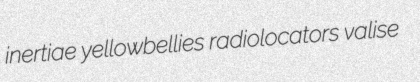
inertiae yellowbellies radiolocators valise